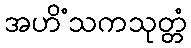
အဟိံသကသုတ္တံ